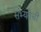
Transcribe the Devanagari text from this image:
सभ्यतेची